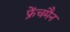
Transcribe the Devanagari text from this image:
फ्रेंचमैन